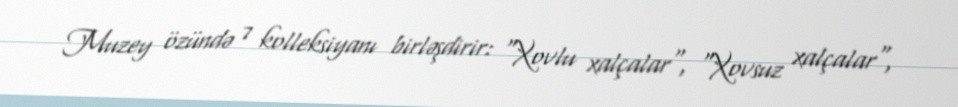
Muzey özündə 7 kolleksiyanı birləşdirir: "Xovlu xalçalar", "Xovsuz xalçalar",